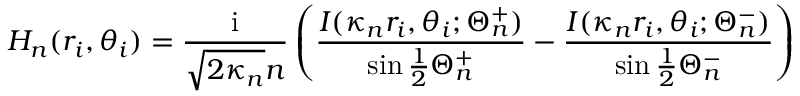
H _ { n } ( r _ { i } , \theta _ { i } ) = \frac { \mathrm { i } } { \sqrt { 2 \kappa _ { n } } n } \left( \frac { I ( \kappa _ { n } r _ { i } , \theta _ { i } ; \Theta _ { n } ^ { + } ) } { \sin \frac { 1 } { 2 } \Theta _ { n } ^ { + } } - \frac { I ( \kappa _ { n } r _ { i } , \theta _ { i } ; \Theta _ { n } ^ { - } ) } { \sin \frac { 1 } { 2 } \Theta _ { n } ^ { - } } \right)